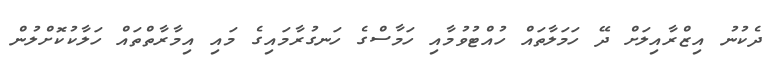
ދެކުނު އިޒްރާއިލަށް ދޭ ހަމަލާތައް ހުއްޓުވުމާއި ހަމާސްގެ ހަނގުރާމައިގެ މައި އިމާރާތްތައް ހަލާކުކޮށްލުން